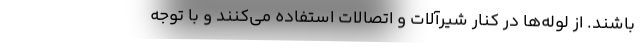
باشند. از لوله‌ها در کنار شیرآلات و اتصالات استفاده می‌کنند و با توجه